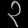
Digit: ၃